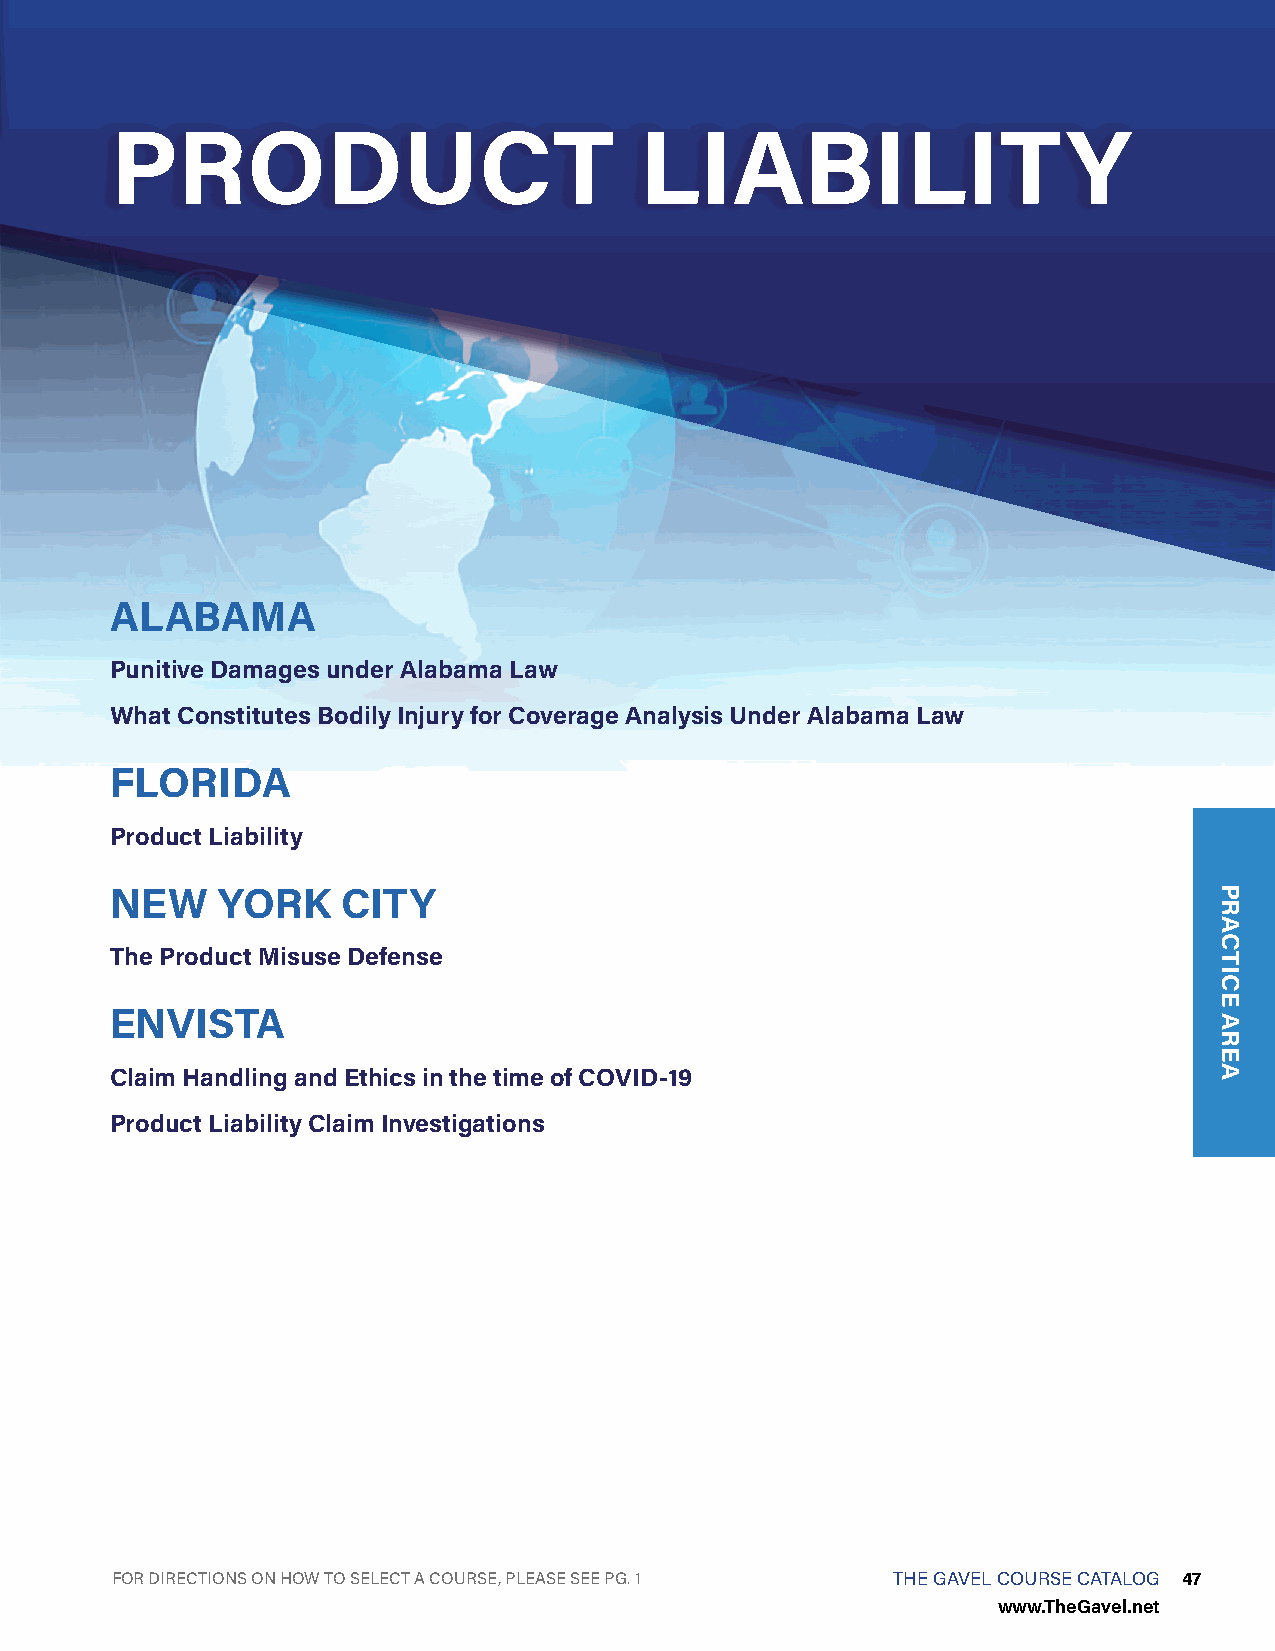
PRODUCT                            LIABILITY
 ALABAMA
 Punitive Damages under Alabama Law
 What Constitutes Bodily Injury for Coverage Analysis Under Alabama Law
 FLORIDA
 Product Liability
 NEW    YORK     CITY
 The Product Misuse Defense
 ENVISTA
 Claim Handling and Ethics in the time of COVID-19
 Product Liability Claim Investigations
 FOR DIRECTIONS ON HOW TO SELECT A COURSE, PLEASE SEE PG. 1 THE GAVEL COURSE CATALOG 47
 www.TheGavel.net
 PRACTICE
 AREA